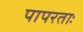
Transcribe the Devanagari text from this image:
पापरताः